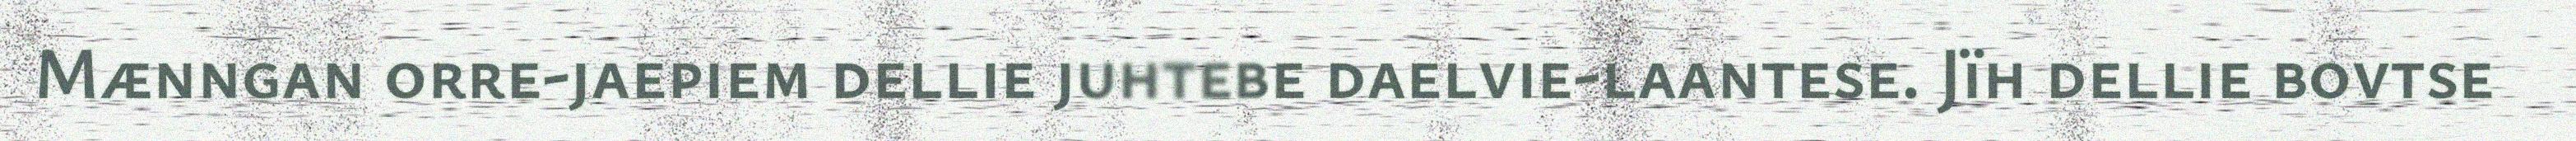
Mænngan orre-jaepiem dellie juhtebe daelvie-laantese. Jïh dellie bovtse